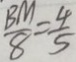
\frac { B M } { 8 } = \frac { 4 } { 5 }